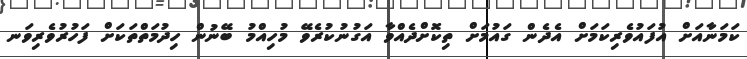
ކަމަނާއަށް އުފައުވެރިކަމަށް އެދެން ގައުމަށް ތިކޮށްދެއްވާ އަގުނުކުރެވޭ މުހިއްމު ބޭނުން ހިދުމަތްތަކަށް ފަހުރުވެރިވަނ